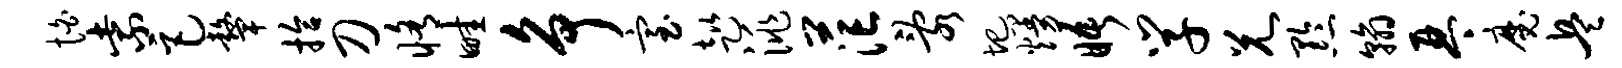
怕紫巨鼙拾刀修畦争室趑洮茫乱圯熳晤学兄黔翰琴魔兵